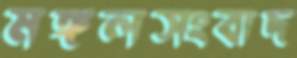
মঙ্গলসংবাদ